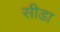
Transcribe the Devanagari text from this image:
सीडा